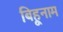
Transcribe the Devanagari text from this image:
बिहूनाम